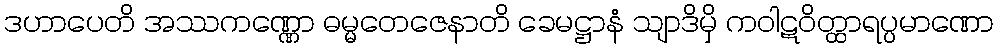
ဒဟာပေတိ အဿကဏ္ဏော ဓမ္မတေဇေနာတိ ခေမဋ္ဌာနံ သျာဒိမှိ ကဝါဋဝိတ္ထာရပ္ပမာဏော